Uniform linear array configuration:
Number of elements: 32
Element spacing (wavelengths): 1
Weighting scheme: hamming
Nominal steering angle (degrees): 60
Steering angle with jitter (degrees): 60.72
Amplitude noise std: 0.05
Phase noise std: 0.05

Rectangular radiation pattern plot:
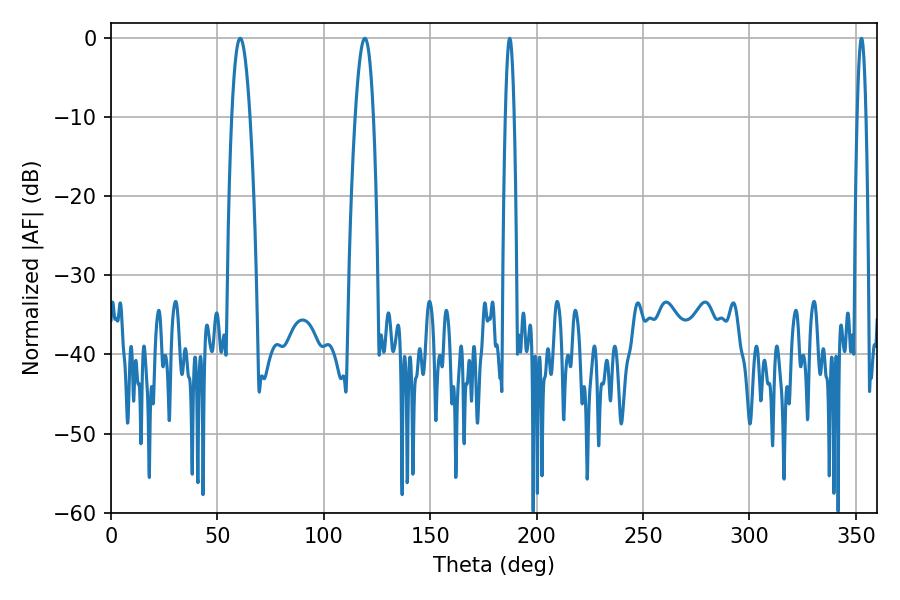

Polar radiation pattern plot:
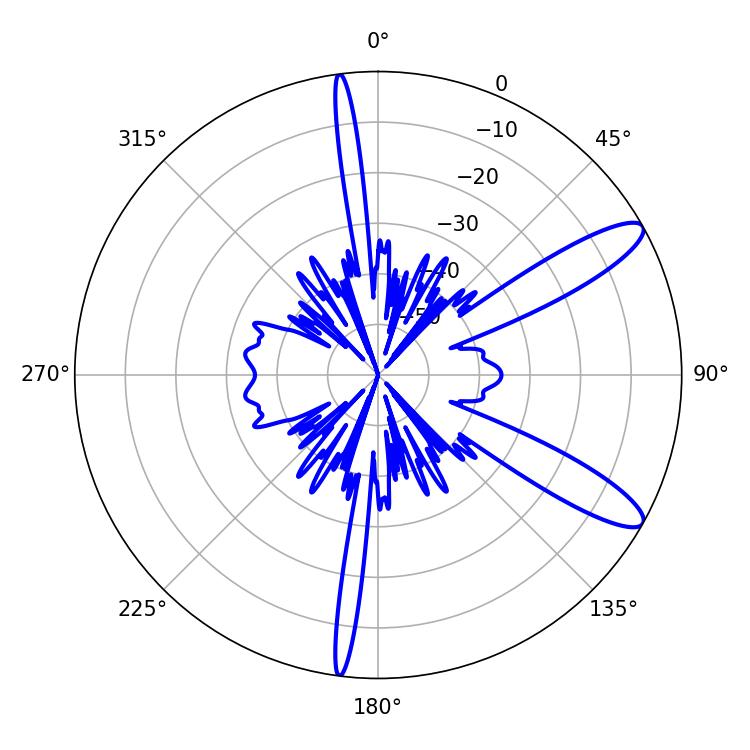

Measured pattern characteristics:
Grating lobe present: TRUE
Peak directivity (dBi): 11.423
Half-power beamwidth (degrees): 4.68
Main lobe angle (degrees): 60.66